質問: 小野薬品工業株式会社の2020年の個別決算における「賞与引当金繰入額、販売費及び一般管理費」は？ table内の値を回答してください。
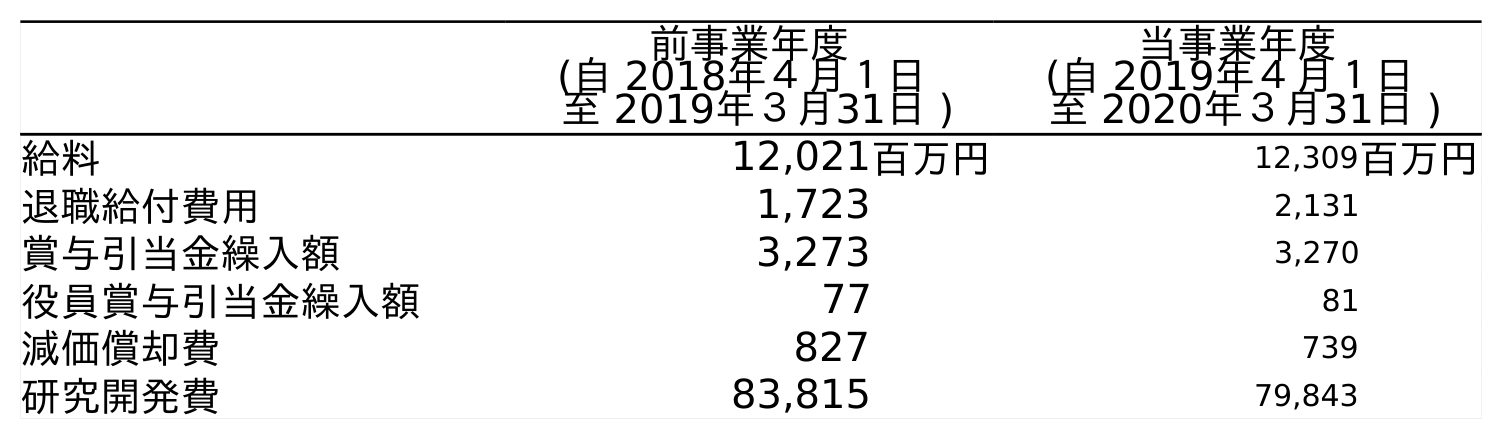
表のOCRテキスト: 前事業年度 (自 2018年４月１日 至 2019年３月31日 ) 当事業年度 (自 2019年４月１日 至 2020年３月31日 ) 給料 12,021百万円 12,309百万円 退職給付費用 1,723 2,131 賞与引当金繰入額 3,273 3,270 役員賞与引当金繰入額 77 81 減価償却費 827 739 研究開発費 83,815 79,843
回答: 3,270